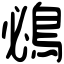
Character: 鴓